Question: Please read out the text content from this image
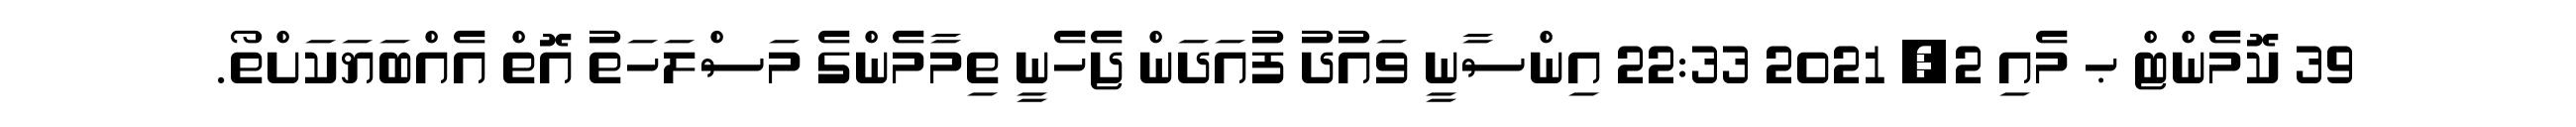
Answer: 39 ކޮމެންޓް ޙ މެއި 2, 2021 22:33 އިންސާނީ ވައުދު ފުއަދަން ޖެހެނީ ތިމާމެންގެ މަސްލަހަތު އޮތް އެއްބަޔަކަށްތޯ.